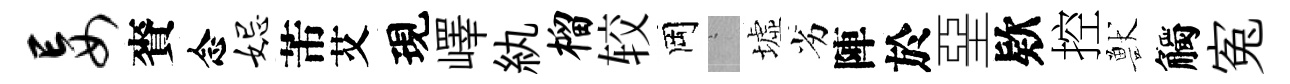
妄賚念妃芾艾現嶧紈榴较岡搖墟劣陣於堊欵控獸觸寃